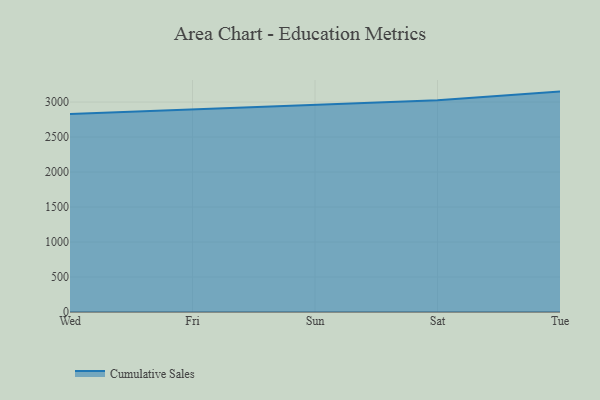
{"axis": {"x": "Day", "y": "Churn Rate (%)"}, "legend": ["Cumulative Sales"], "data": [{"x": "Wed", "y": 2829.9, "type": "Cumulative Sales"}, {"x": "Fri", "y": 2896.3, "type": "Cumulative Sales"}, {"x": "Sun", "y": 2957.8, "type": "Cumulative Sales"}, {"x": "Sat", "y": 3024.3, "type": "Cumulative Sales"}, {"x": "Tue", "y": 3149.6, "type": "Cumulative Sales"}]}